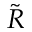
\tilde { R }